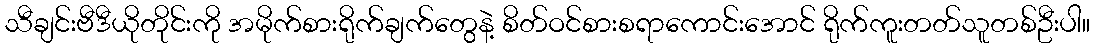
သီချင်းဗီဒီယိုတိုင်းကို အမိုက်စားရိုက်ချက်တွေနဲ့ စိတ်ဝင်စားစရာကောင်းအောင် ရိုက်ကူးတတ်သူတစ်ဦးပါ။